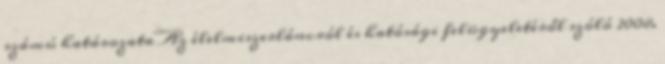
számú határozata Az élelmiszerláncról és hatósági felügyeletéről szóló 2008.